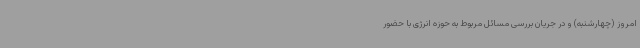
امروز (چهارشنبه) و در جریان بررسی مسائل مربوط به حوزه انرژی با حضور